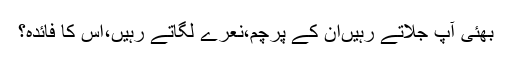
بھئی آپ جلاتے رہیںان کے پرچم،نعرے لگاتے رہیں،اس کا فائدہ؟